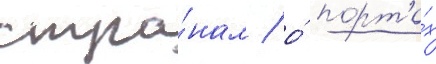
стра́нам / о́ порта́х